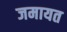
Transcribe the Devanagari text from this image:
जमायत